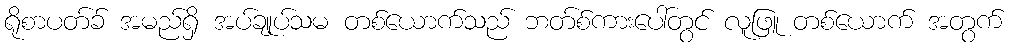
ရိုစာပတ်ခ် အမည်ရှိ အပ်ချုပ်သမ တစ်ယောက်သည် ဘတ်စ်ကားပေါ်တွင် လူဖြူ တစ်ယောက် အတွက်